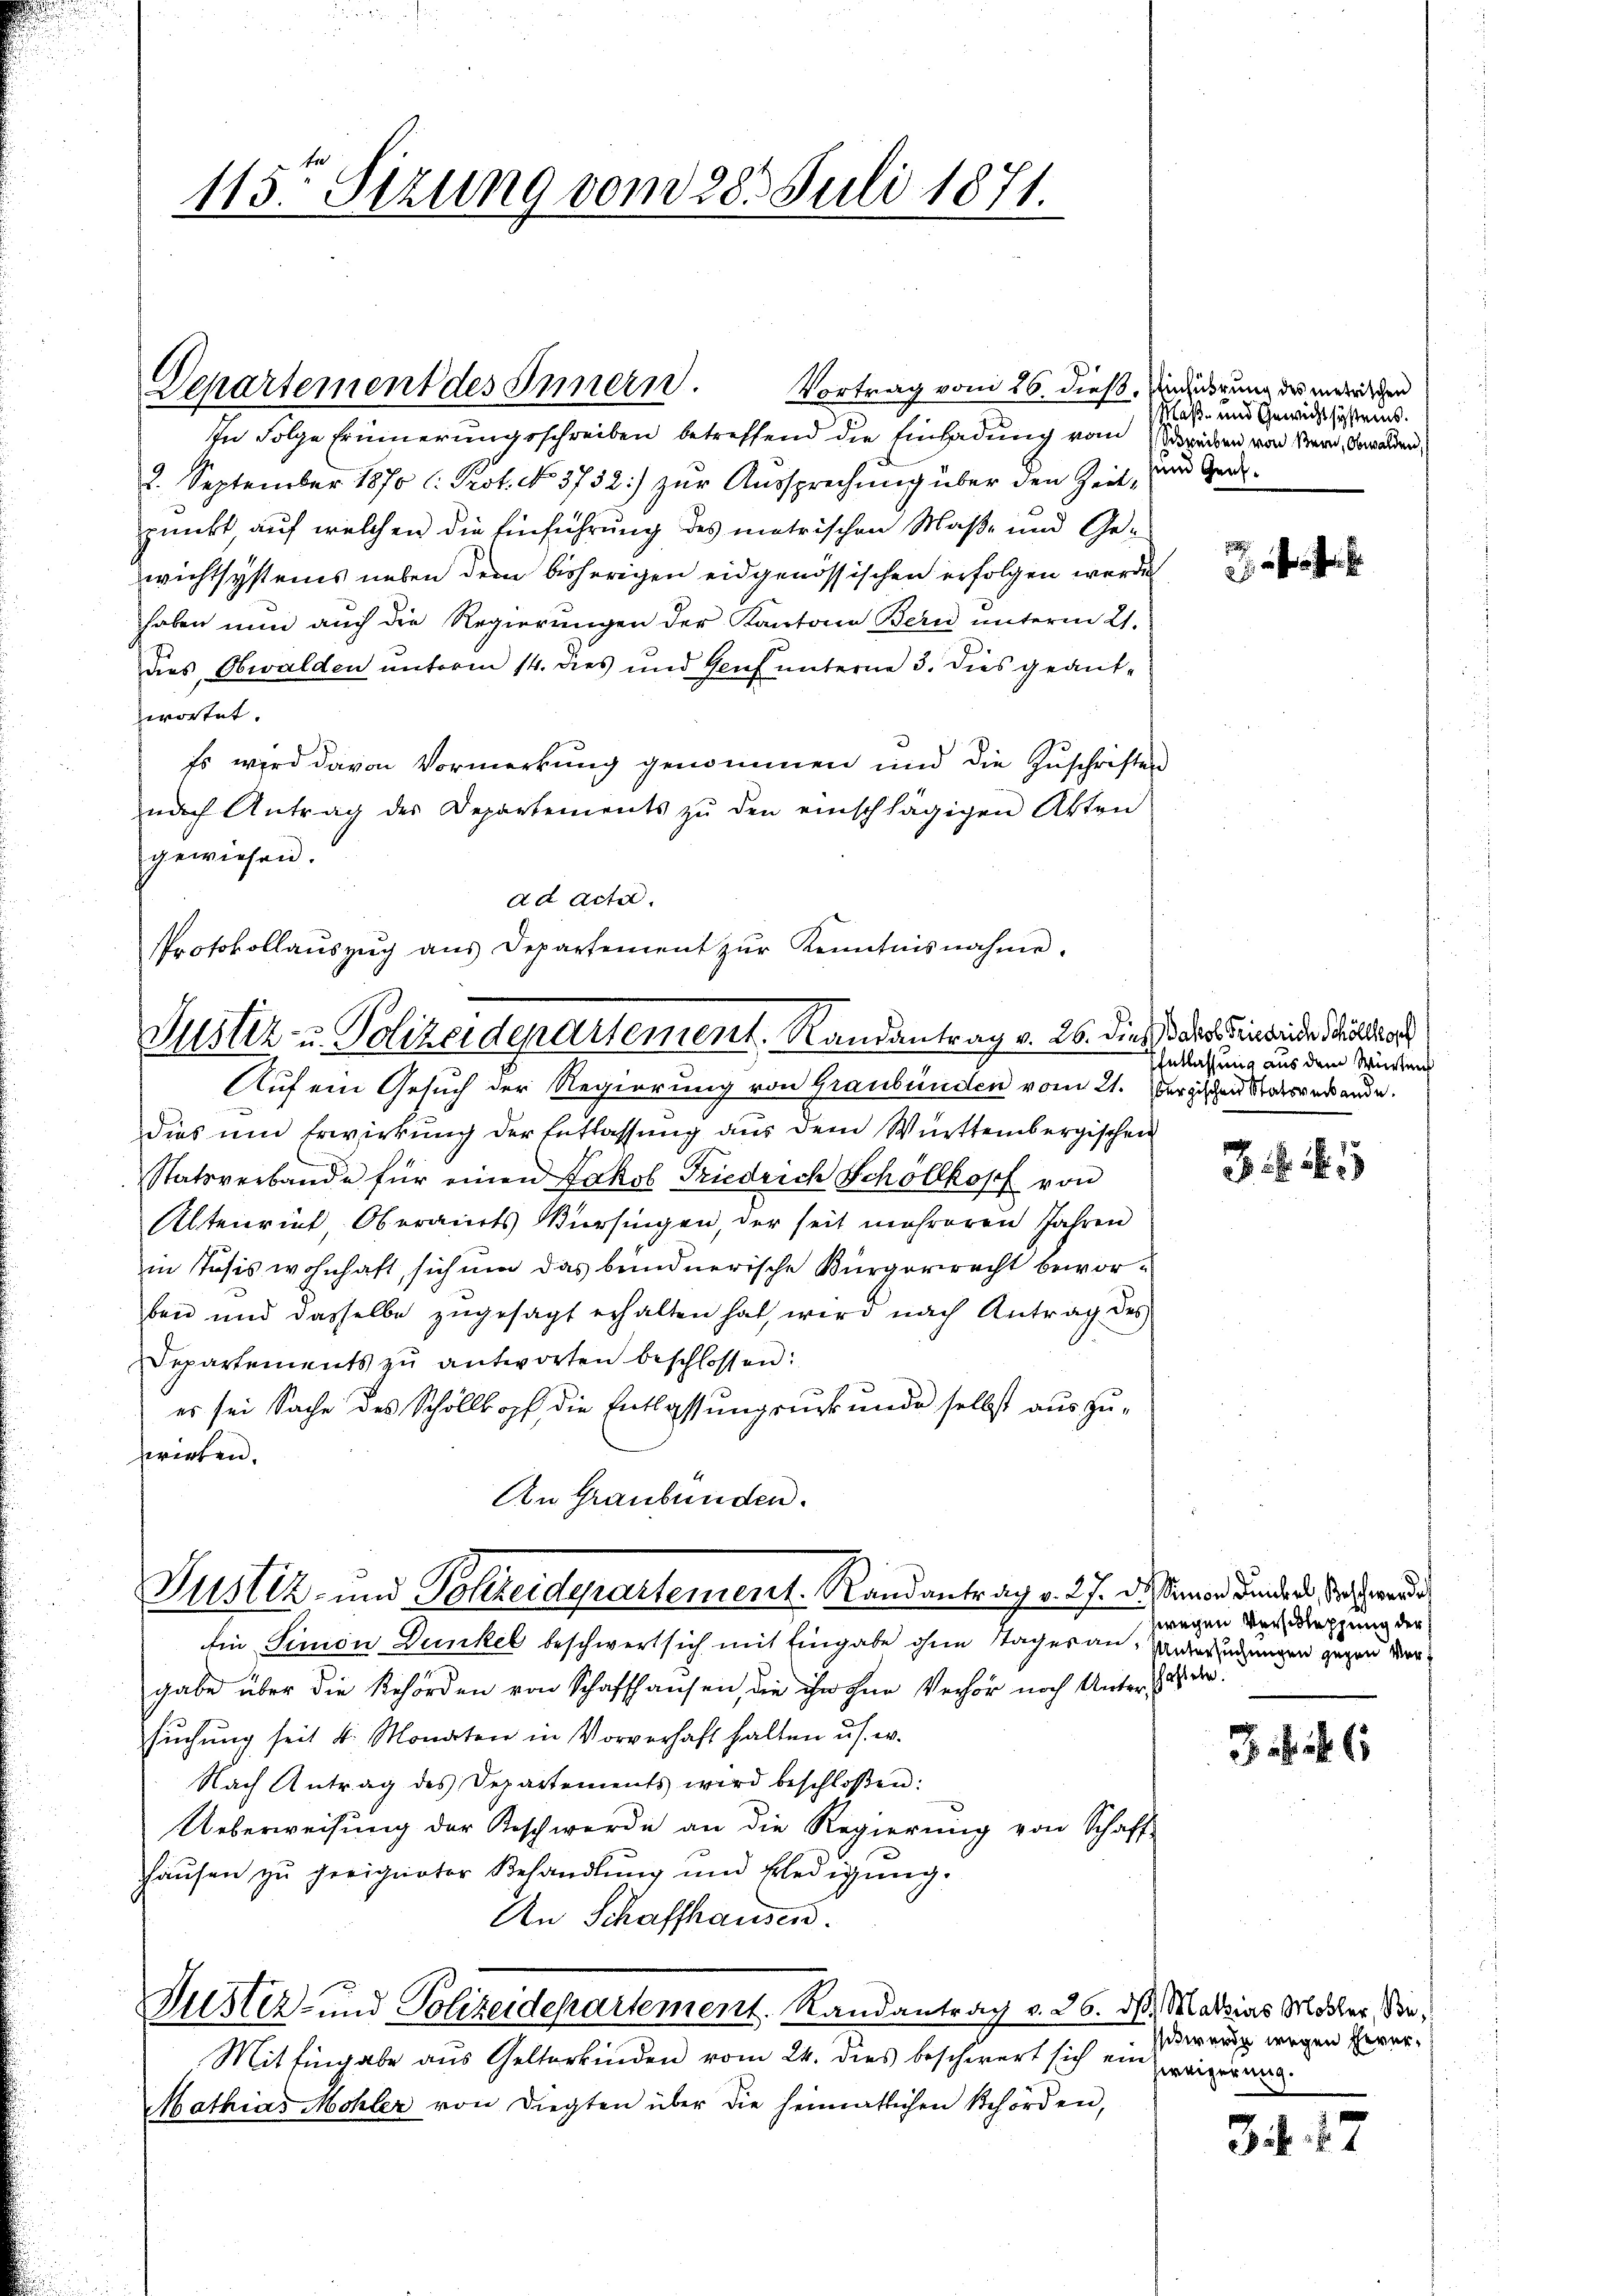
115. Sitzung von 28. Juli 1871.

Departement des Innern.

Justiz- u. Polizeidepartement, Randantrag v. 26. dies der die wieder Wildeor

In Folge Erinnerungsschreiben betreffend die Einladung vom Schreiben von Nern, Gewalden,
2. September 1870 l. Prof. No. 3732) zur Aussprechung über den Zeit, und Genepunkt auf welchen die Einführung des metrischen Maße und Gewichtsystems neben dem bisherigen eidgenössischen erfolgen werden
haben nun auch die Regierungen der Kantone Bern unterm 21.
dies, Obwalden unterm 14. dies und Genf unterne 3. Dies geant-
wortet.
Es wird davon Vormerkung genommen und die Zuschriften
nach Antrag des Departements zŭ den einschlägigen Akten
gewiesen.
ad Actil.
Protokollaŭszŭg aŭs Departement zŭr Kenntnisnahme.

Vortrag vom 26. dieß, Verung des unerischen

Auf ein Gesuch der Regierung von Graubünden vom 21. ergischen Staatsverände.
dies um Erwirkung der Entlassung aus dem Württembergischen
Statsverbande für einen Jakob Friedrich Schöllkopf von
Altenrief Oberamts Bürsingen, der seit mehreren Jahren
in Josis wohnhaft sich ŭm das bundnerische Bürgerrecht beworben und dasselbe zŭgesagt erhalten hat, wird nach Antrag des
Departements zŭ antworten beschlossen:
es sei Sache des Schöllkopf die Entlassŭngsurkunde selbst auszu-
werten.
An Graubünden.

Justiz- und Schreiderartement. Randantrag v. 27. d. Gener Finden Vor

sclaß- und Gewicht systems.

Ein Simon Dunkel beschwert sich mit Eingabe ohne Tages an-Unteringungen gegen vergabe über die Behörden von Schaffhausen, die ihn ohne Verhör noch Unter dass der
suchung seit 4 Monaten in Vorverhaft halten u.s. w.
Nach Antrag des Departements wird beschloßen:
Ueberweisung der Beschwerde an die Regierung von Schaff-
hhausen zu geeigneter Behandlung und Erledigung.
An Schaffhausen.
Justiz- und Polizeidepartement. Randantrag v. 26. d. Marias Motter, Sie¬
Mit Eingabe aus Gelterkinden vom 24. dies beschwert sich ein
Mathias Mohler von Diegten über die heimatlichen Behörden,

EEntlassung aus dem Würten

. . . 1

hwegen Verschleppung der

sit wurde wegen herer
weigerung.

3 f. 27